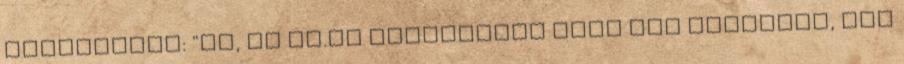
felismerés: "Jé, de jó.az alkotásból élek Azt csinálom, ami